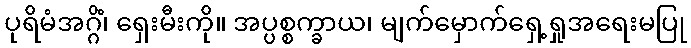
ပုရိမံအဂ္ဂိံ၊ ရှေးမီးကို။ အပ္ပစ္စက္ခာယ၊ မျက်မှောက်ရှေ့ရှုအရေးမပြု